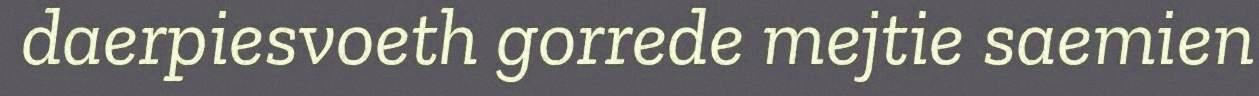
daerpiesvoeth gorrede mejtie saemien